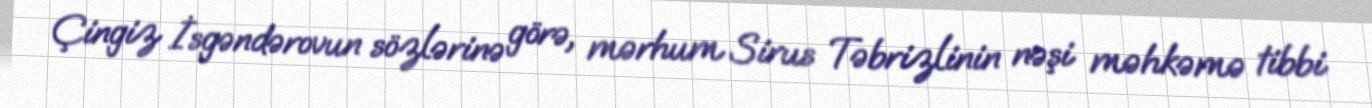
Çingiz İsgəndərovun sözlərinə görə, mərhum Sirus Təbrizlinin nəşi məhkəmə tibbi